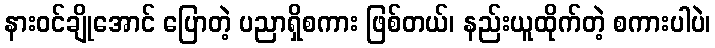
နားဝင်ချိုအောင် ပြောတဲ့ ပညာရှိစကား ဖြစ်တယ်၊ နည်းယူထိုက်တဲ့ စကားပါပဲ၊